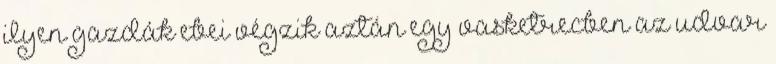
ilyen gazdák ebei végzik aztán egy vasketrecben az udvar